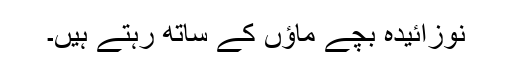
نوزائیدہ بچے ماؤں کے ساتھ رہتے ہیں۔